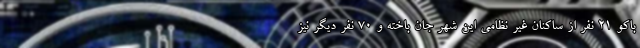
باکو ۲۱ نفر از ساکنان غیر نظامی این شهر جان باخته و ۷۰ نفر دیگر نیز